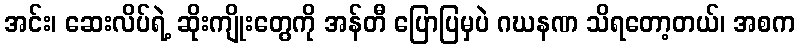
အင်း၊ ဆေးလိပ်ရဲ့ ဆိုးကျိုးတွေကို အန်တီ ပြောပြမှပဲ ဂဃနဏ သိရတော့တယ်၊ အစက